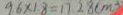
9 . 6 \times 1 8 = 1 7 2 8 ( m )